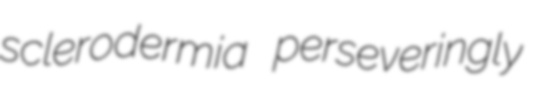
sclerodermia perseveringly